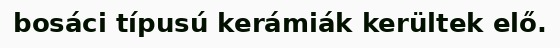
bosáci típusú kerámiák kerültek elő.